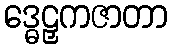
ဒ္ဓေဠှကဇာတာ